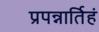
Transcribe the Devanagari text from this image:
प्रपन्नार्तिहं